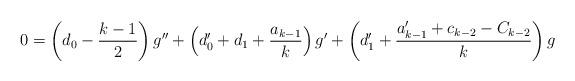
LaTeX: \begin{align*} 0 = \left(d_0 - \frac{k-1}2\right) g'' + \left(d_0'+d_1 + \frac{a_{k-1}}k \right) g' + \left(d_1' + \frac{a_{k-1}' + c_{k-2} - C_{k-2}}k \right) g \end{align*}